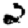
Digit: 2